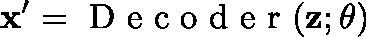
\mathbf { x } ^ { \prime } = \mathrm { ~ D ~ e ~ c ~ o ~ d ~ e ~ r ~ } ( \mathbf { z } ; \mathbf { \theta } )